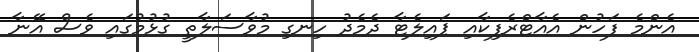
އެންމެ ފަހުން އެއާޓްރެފިކާއި ޕައިލެޓާ ދެމެދު ހިނގި މުވާސަލާތީ ގުޅުމުގައި ވެސް އޭނާ